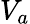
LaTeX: V_{a}